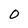
Character: O